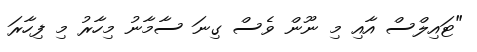
"ޓައިލްސް އާއި މި ނޫން ވެސް ގިނަ ސާމާނު މިހާރު މި ފިހާރަ